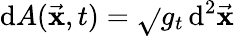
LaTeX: \mathrm{d}A(\vec{{\mathbf{x}}},t)=\sqrt{}{{g_{t}}}\, \mathrm{d}^{2}\vec{{\mathbf{x}}}